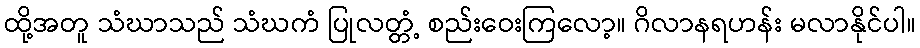
ထို့အတူ သံဃာသည် သံဃကံ ပြုလတ္တံ့ စည်းဝေးကြလော့။ ဂိလာနရဟန်း မလာနိုင်ပါ။